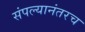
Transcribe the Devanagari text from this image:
संपल्यानंतरच